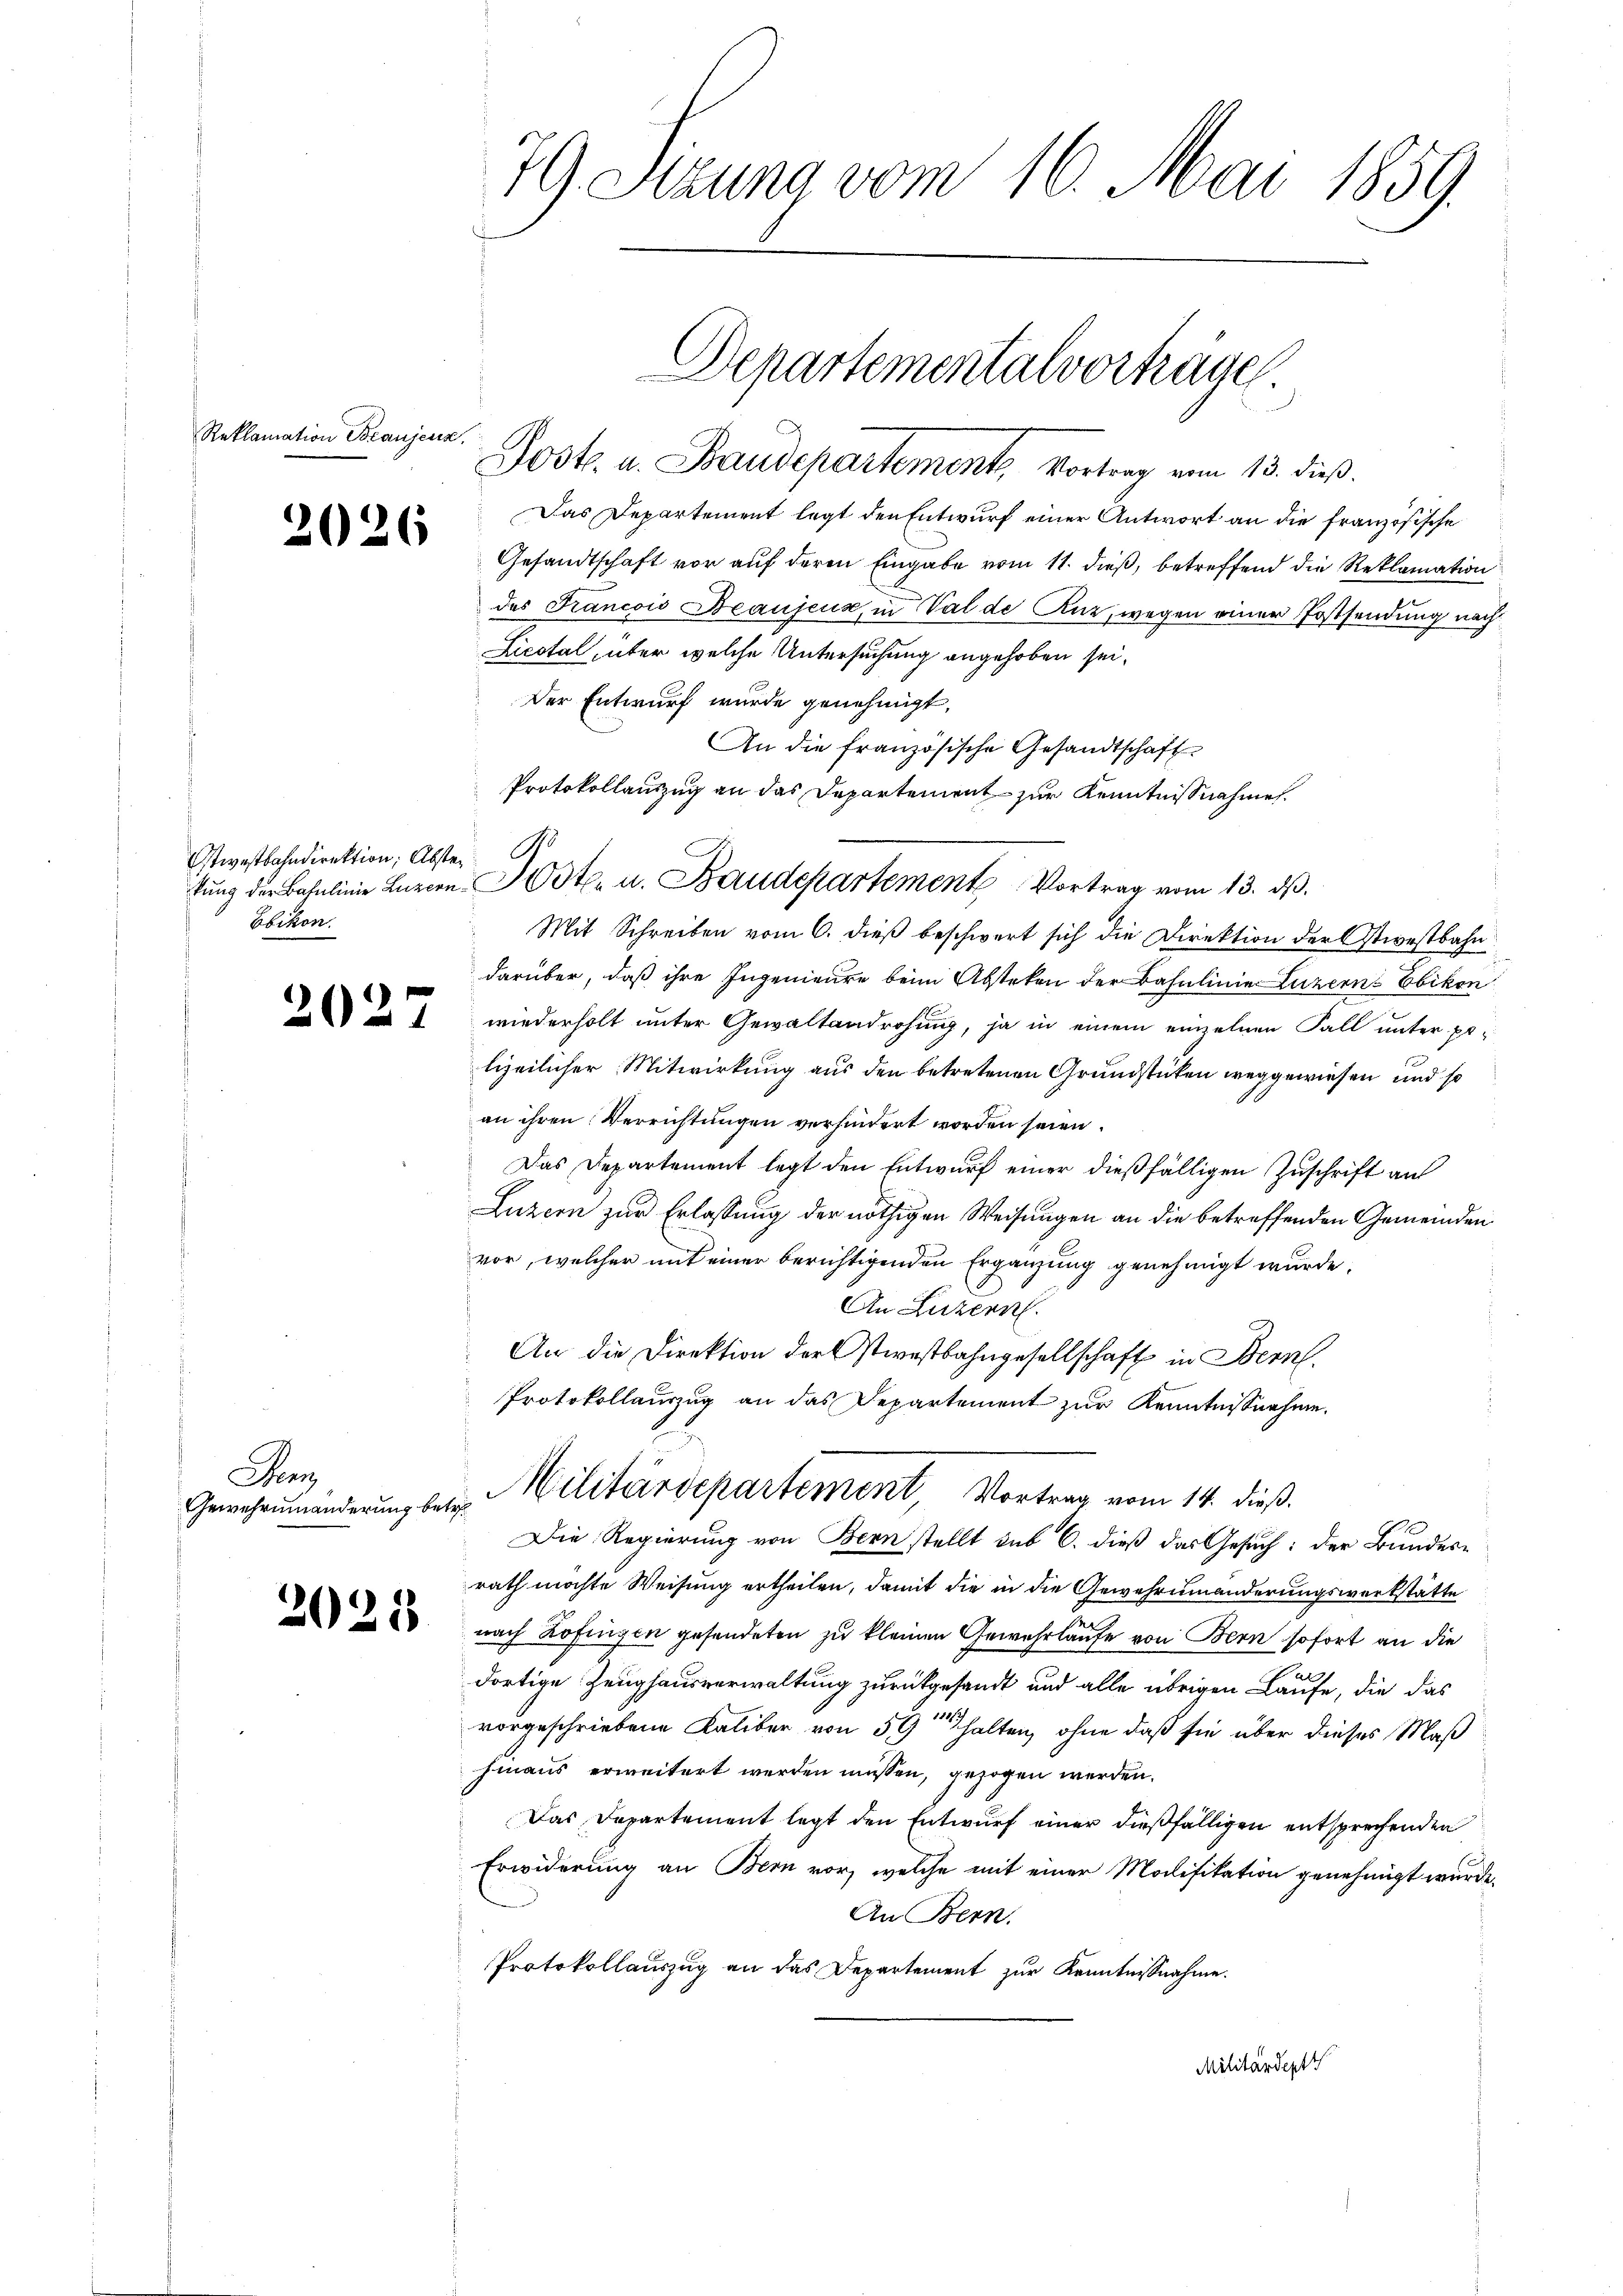
stwestbahndirektion; Abster
Ebikon.

Reklamation Branjeuz,

2026

2027

Fran
Gewehreinanderung betr.

2025

79 Sizung vom 16. Mai 1859.

Post u. Baudepartement, Vortrag vom 13. dieß.
Das Departement legt den Entwurf einer Antwort an die französische
Gesandtschaft vor auf deren Eingabe vom 11. dieß, betreffend die Reklamation
des Francois Beaujeux, in Val de Anz, wegen einer Postsendung nach
Licstal, über welche Untersuchung angehoben sei.
Der Entwurf wurde genehmigt,
An die französische Gesandtschaft
Protokollauszug an das Departement zur Kenntnißnahme
Mit Schreiben vom 6. dieß beschwert sich die Direktion der stiestbahn
darüber, daß ihre Ingenieure beim Absteken der Bahnlinie Luzern Ebikon
wiederholt unter Gewaltendrohung, ja in einem einzelnen Fall unter polizeilicher Mitwirkung aus den betretenen Grundstücken weggewiesen und so
an ihren Verrichtungen verhindert worden seien.
Das Departement legt den Entwurf einer dießfälligen Zuschrift an
Luzern zur Erlassung der nöthigen Weisungen an die betreffenden Gemeinden
vor, welcher mit einer berichtigenden Ergänzung genehmigt wurde.
An Luzern.
An die Direktion der stwestbahngesellschaft in Bern.
Protokollauszug an das Departement zur Kenntnißnahme.
Militärdepartement Vortrag vom 14. dieß.
Die Regierung von Bern stellt sub 6. dieß das Gesuch: der Bundes-
rath möchte Weisung ertheilen, damit die in die Gewehreinanderungswerkstätte
nach Zofingen gesendeten zu kleinen Gewehrlaufe von Bern sofort an die
dortige Zeughausverwaltung zurückgesandt und alle übrigen Laufe, die das
vorgeschriebene Kaliber von 50 halten, ohne daß sie über dieses Maß
hinaus erweitert werden müssen, gezogen werden.
Das Departement legt den Entwurf einer dießfälligen entsprechenden
Erwiderung an Bern vor, welche mit einer Modifikation genehmigt wurde.
An Bern.
Protokollauszug an das Departement zur Kenntnißnahme.
Militärdepft

kung der Bahnlinie Luzern Note u. Baudepartement Vortrag vom 13. ds.

Departementalvortrage